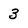
Character: 3